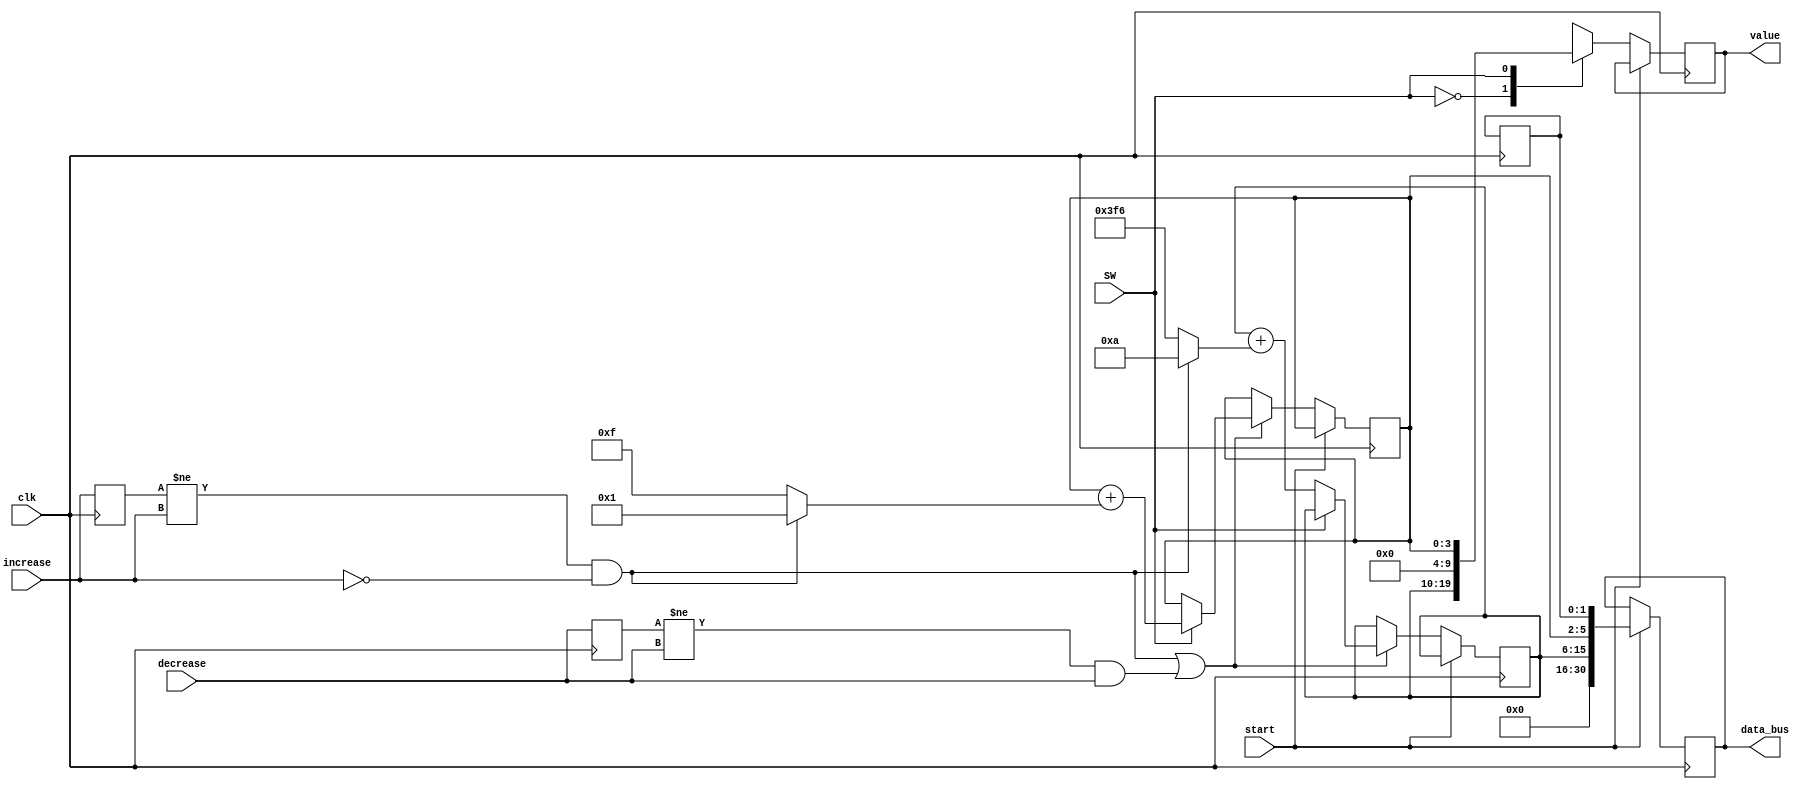
`timescale 1ns / 1ps
//////////////////////////////////////////////////////////////////////////////////
// Company: 
// Engineer: 
// 
// Design Name: 
// Module Name: paramController
// Project Name: 
// Target Devices: 
// Tool Versions: 
// Description: 
// 
// Dependencies: 
// 
// Revision:
// Revision 0.01 - File Created
// Additional Comments:
// 
//////////////////////////////////////////////////////////////////////////////////


module paramController(
    input clk,
    input increase,
    input decrease,
    input SW,
    input start,
    output reg [30:0] data_bus,
    output reg [9:0] value
    );
    
    reg [9:0] wallDistance = 150;
    reg [3:0] characterYSpeed = 4;
    reg [1:0] characterXSpeed = 1; 
    reg [3:0] count = 0;
    reg transmitting;
    reg old_increase;
    reg old_decrease;
    wire should_increase;
    wire should_decrease;
    //character speed
    //sensitivity
    //volume?
    always @(posedge clk) begin
        old_increase <= increase;
        old_decrease <= decrease;
        if (start) begin
            data_bus <= {13'b0, wallDistance, characterYSpeed, characterXSpeed}; // xspeed is [1:0], yspeed is [5:2], walldistance is [15:6]
        end
        else begin
            if (should_increase || should_decrease) begin
                case (SW)
                0: wallDistance <= wallDistance + (should_increase ? 10 : -10);
                1: characterYSpeed <= characterYSpeed + (should_increase ? 1 : -1);
                2: characterXSpeed <= characterXSpeed + (should_increase ? 1: -1); 
                endcase
            end
            case (SW)
                0: value <= wallDistance;
                1: value <= characterYSpeed;
                2: value <= characterXSpeed;
                default: value <= 0;
            endcase
        end
    end
    
    assign should_increase = (old_increase != increase && !increase);
    assign should_decrease = (old_decrease != decrease && decrease);
endmodule